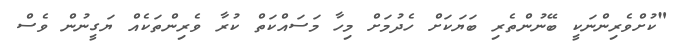
"ކުށްވެރިންނަކީ ބޭނުންތެރި ބަޔަކަށް ހެދުމަށް މިހާ މަސައްކަތް ކުރާ ވެރިންތަކެއް ޔަގީނުން ވެސް